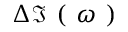
\Delta \Im \mathrm { ~ ( ~ } \omega \mathrm { ~ ) ~ }